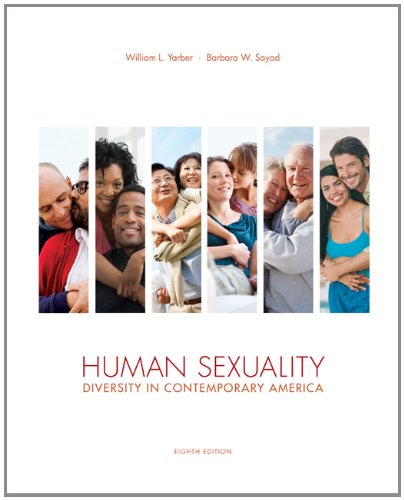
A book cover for Human Sexuality: Diversity in Contemporary America, 8th Edition; William L. Yarber; Medical Books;